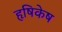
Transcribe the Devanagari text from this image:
हृषिकेष